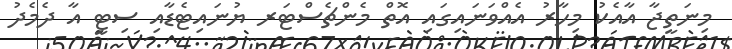
މިނަތީޖާ އާއެކު މިހާރު އެއްވަނައިގައި އޮތް މެންޗެސްޓަރ ޔުނައިޓެޑާއި ސިޓީ އާ ދެމެދު